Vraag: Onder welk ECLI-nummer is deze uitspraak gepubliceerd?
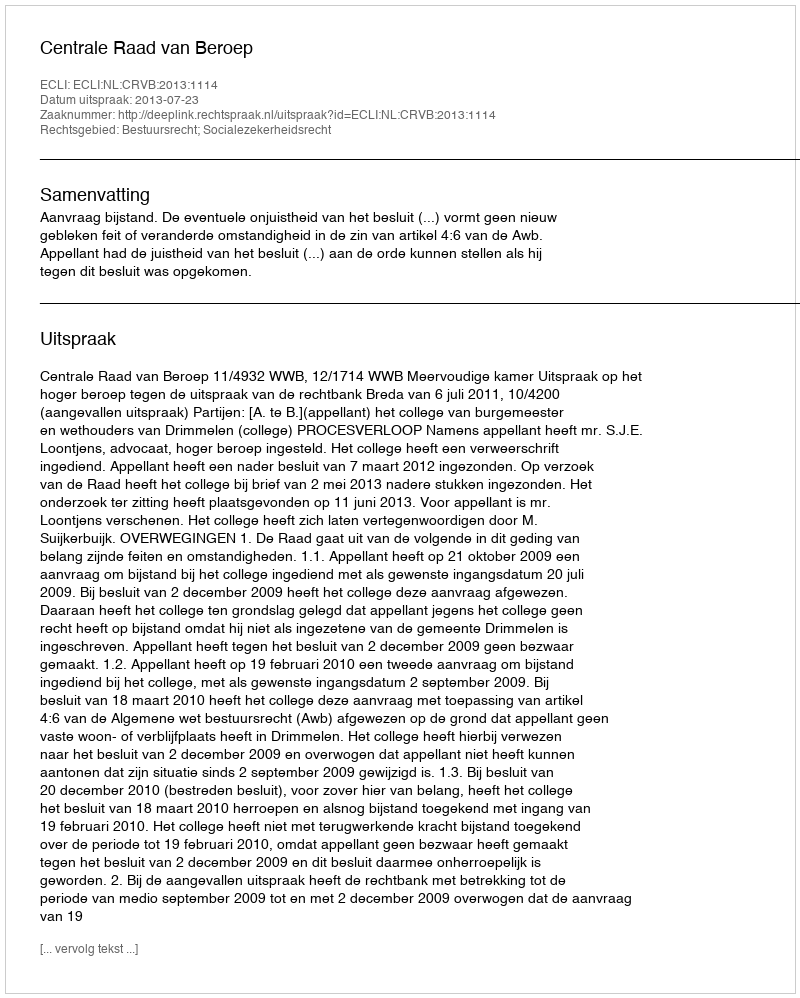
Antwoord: ECLI:NL:CRVB:2013:1114